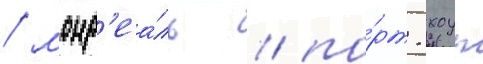
/ монр'еа́ль / по́рт-хоуп